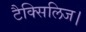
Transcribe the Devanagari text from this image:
टैक्सिलिज।